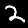
Digit: 2